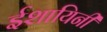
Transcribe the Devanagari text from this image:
ईशायिनी